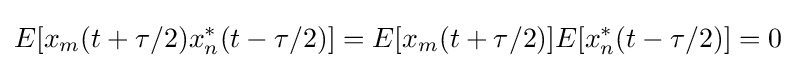
E[x_{m}(t+\tau /2)x_{n}^{*}(t-\tau /2)]=E[x_{m}(t+\tau /2)]E[x_{n}^{*}(t-\tau /2)]=0